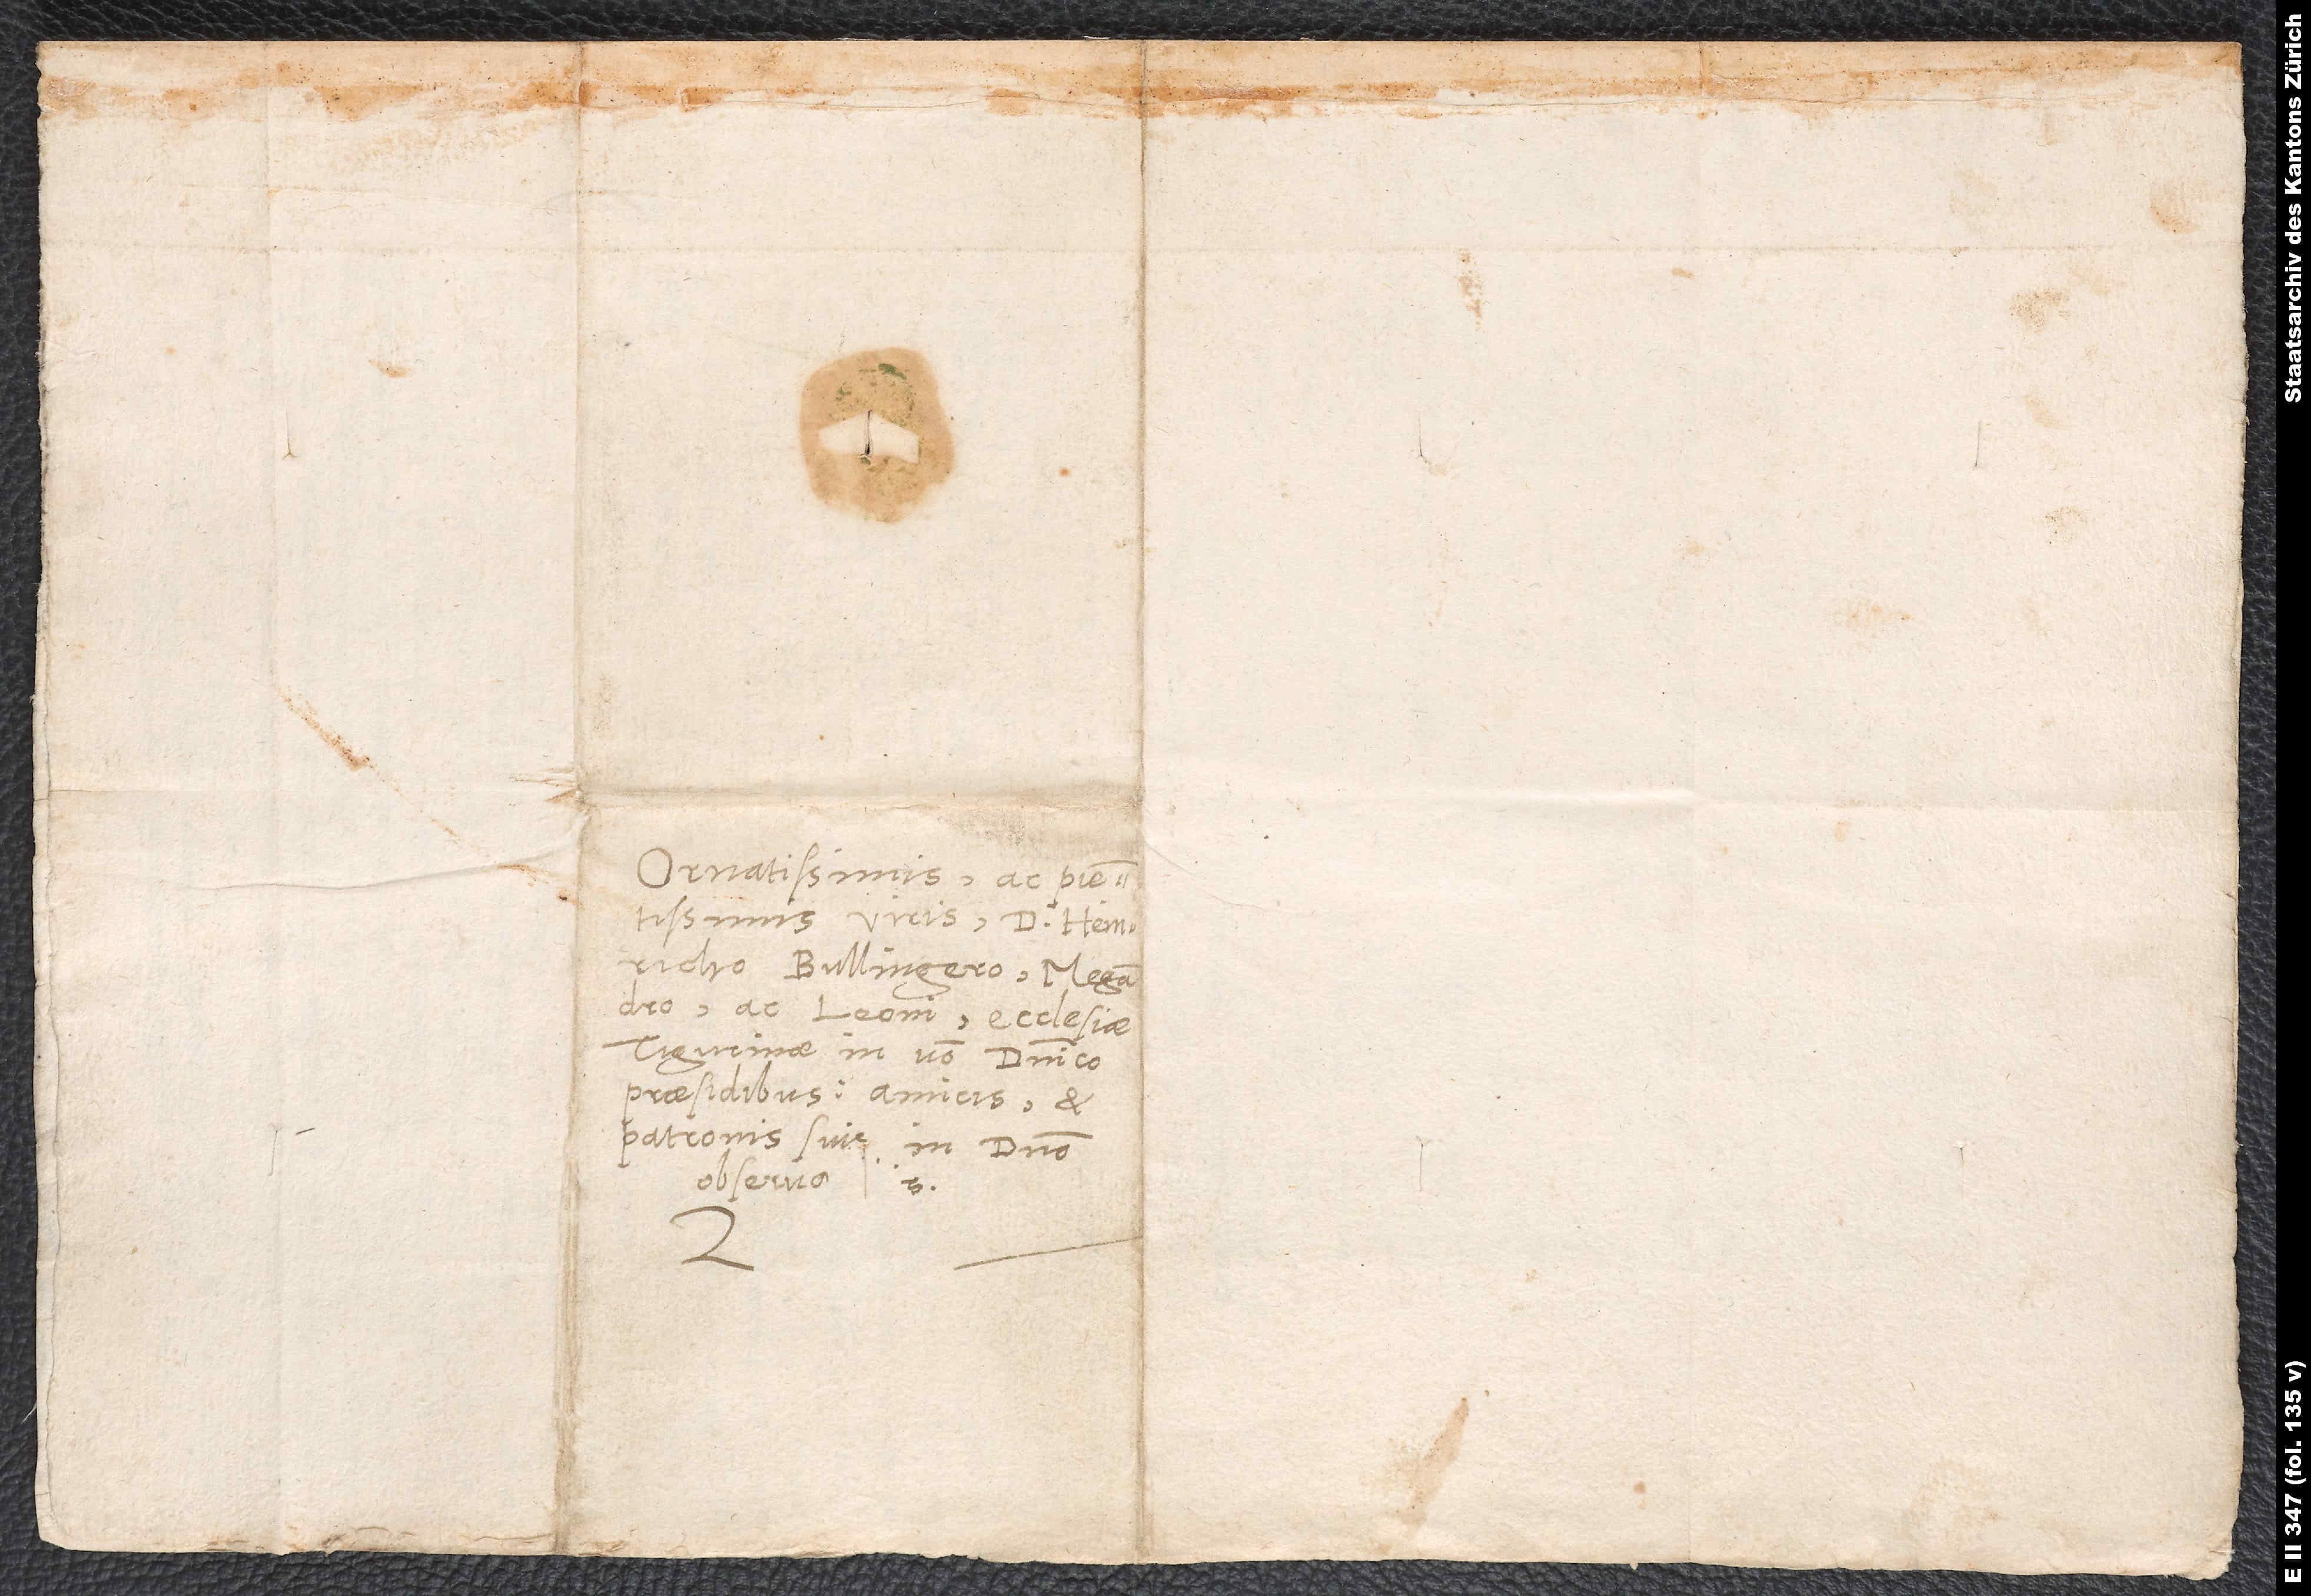
Ornatissimis ac pientissims
viris d. Heinricho
Bullingero, Megandro
ac Leoni, ecclesiae
Tigurinae in verbo dominico
praesidibus, amicis et
patronis suis in domino
observa.